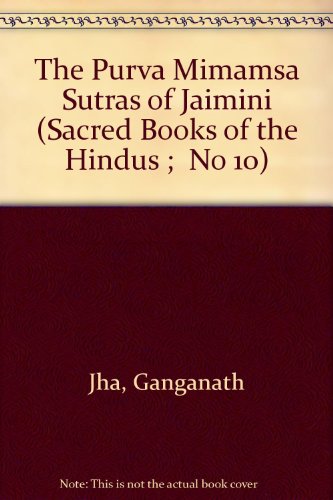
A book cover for The Purva Mimamsa Sutras of Jaimini (Sacred Books of the Hindus ;  No 10); Ganganath Jha; Religion & Spirituality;